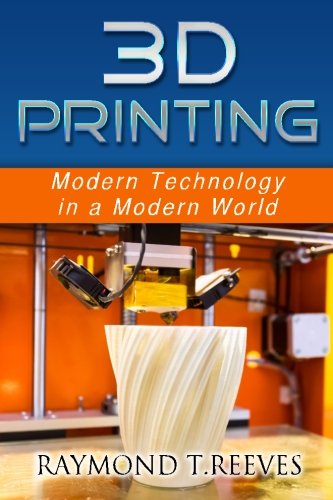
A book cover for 3D Printing: Modern Technology in a Modern World; Raymond T Reeves; Computers & Technology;